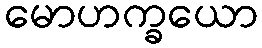
မောဟက္ခယော